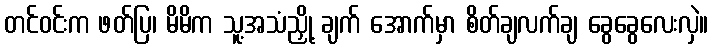
တင်ဝင်းက ဖတ်ပြ၊ မိမိက သူ့အသံညှို့ ချက် အောက်မှာ စိတ်ချလက်ချ ခွေခွေလေးလှဲ။